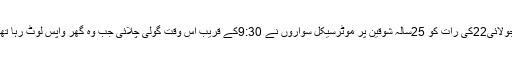
جولائی22کی رات کو 25سالہ شوقین پر موٹرسیکل سواروں نے 9:30کے قریب اس وقت گولی چلائی جب وہ گھر واپس لوٹ رہا تھا۔